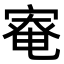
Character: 𡩯